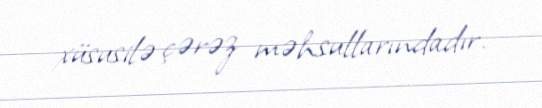
xüsusilə çərəz məhsullarındadır.